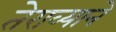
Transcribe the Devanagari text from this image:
तेराव्याने